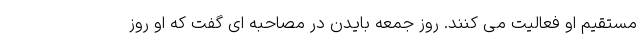
مستقیم او فعالیت می کنند. روز جمعه بایدن در مصاحبه ای گفت که او روز